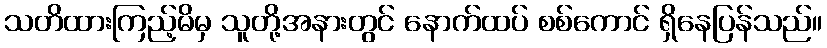
သတိထားကြည့်မိမှ သူတို့အနားတွင် နောက်ထပ် စစ်ကောင် ရှိနေပြန်သည်။